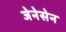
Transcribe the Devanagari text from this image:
जेनेसेन